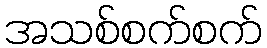
အသစ်စက်စက်